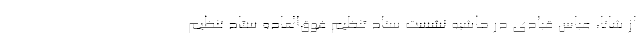
از شاتا، عباس قبادی در حاشیه نشست ستاد تنظیم فوق‌العاده ستاد تنظیم